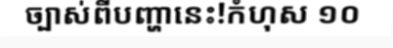
ច្បាស់ពីបញ្ហានេះ!កំហុស ១០